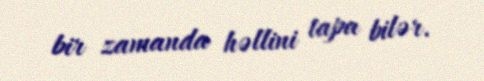
bir zamanda həllini tapa bilər.